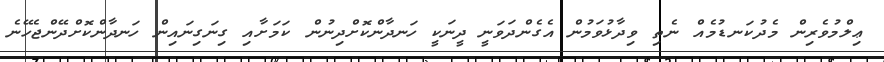
ޢިލްމުވެރިން މެދުކަނޑުމެއް ނެތި ވިދާޅުވަމުން އެގެންދަވަނީ ދީނަކީ ހަނދާންކޮށްދިނުން ކަމަށާއި ގިނަގިނައިން ހަނދާންކޮށްދޭންޖެހޭނެ